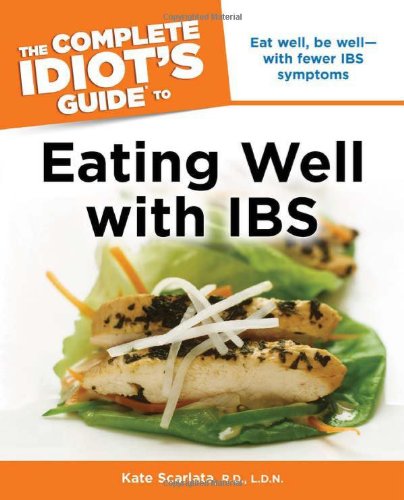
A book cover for The Complete Idiot's Guide to Eating Well with IBS (Idiot's Guides); Kate Scarlata; Health, Fitness & Dieting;